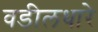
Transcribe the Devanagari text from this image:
वडीलधारे